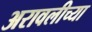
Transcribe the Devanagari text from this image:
अरावलीच्या